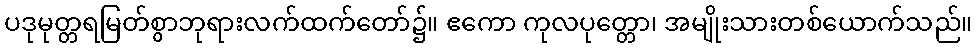
ပဒုမုတ္တရမြတ်စွာဘုရားလက်ထက်တော်၌။ ဧကော ကုလပုတ္တော၊ အမျိုးသားတစ်ယောက်သည်။